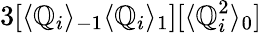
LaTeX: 3[\langle\mathbb{Q}_{i}\rangle_{-1}\langle\mathbb{Q}_{i}\rangle_{1}][\langle\mathbb{Q}_{i}^{2}\rangle_{0}]